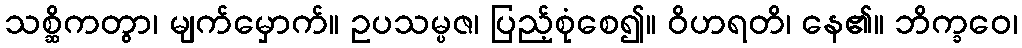
သစ္ဆိကတွာ၊ မျက်မှောက်။ ဥပသမ္ပဇ၊ ပြည့်စုံစေ၍။ ဝိဟရတိ၊ နေ၏။ ဘိက္ခဝေ၊